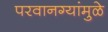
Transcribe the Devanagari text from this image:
परवानग्यांमुळे